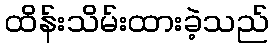
ထိန်းသိမ်းထားခဲ့သည်